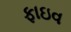
ફાઇવ